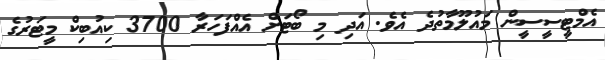
އެމްޓީސީސީން މައުލޫމާތުދެ އެވެ. އަދި މި ބޯޓަށް އެއްފަހަރާ 3700 ކިއުބިކް މީޓަރުގެ